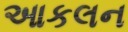
આકલન